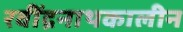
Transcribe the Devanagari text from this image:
रवींद्रनाथकालीन